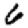
Digit: 6